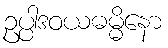
ဥပ္ပါဒဝယဓမ္မိနော